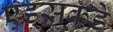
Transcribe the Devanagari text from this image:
एड्‌सकडे